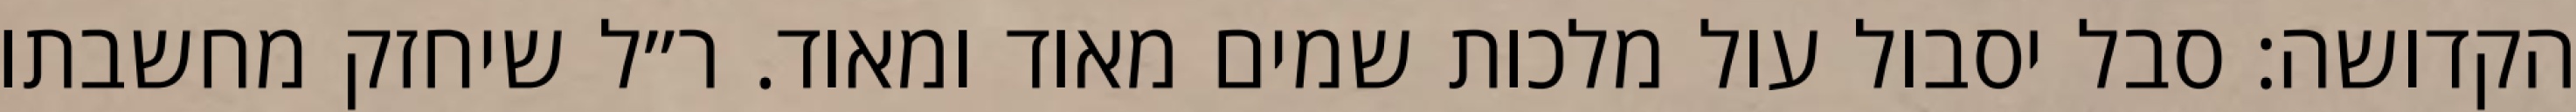
הקדושה: סבל יסבול עול מלכות שמים מאוד ומאוד. ר״ל שיחזק מחשבתו